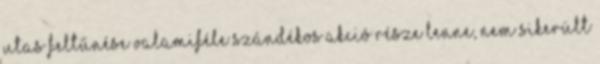
utas feltűnése valamiféle szándékos akció része lenne, nem sikerült